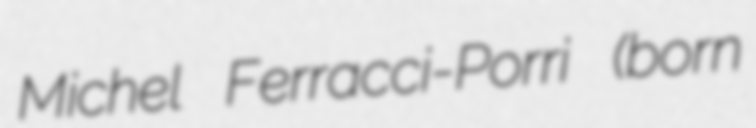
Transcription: Michel Ferracci-Porri (born